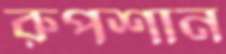
রুপশান